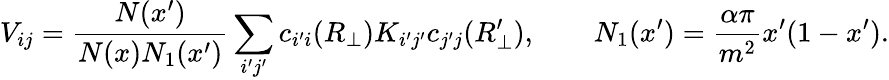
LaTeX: V_{ij}={\frac{N(x^{\prime})}{N(x)N_{1}(x^{\prime})}}\sum_{i^{\prime}j^{\prime}}c_{i^{\prime}i}(R_{\perp})K_{i^{\prime}j^{\prime}}c_{j^{\prime}j}(R_{\perp}^{\prime}),\qquad N_{1}(x^{\prime})={\frac{\alpha\pi}{m^{2}}}x^{\prime}(1-x^{\prime}).